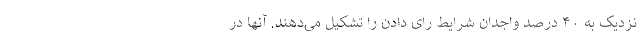
نزدیک به ۴۰ درصد واجدان شرایط رای دادن را تشکیل می‌دهند. آنها در